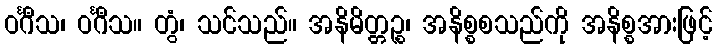
ဝင်္ဂီသ၊ ဝင်္ဂီသ။ တွံ၊ သင်သည်။ အနိမိတ္တဉ္စ၊ အနိစ္စစသည်ကို အနိစ္စအားဖြင့်